Annual report on the mental hospital in the Central Provinces and Berar (Nagpur) - 1927-1951
Year: 1927
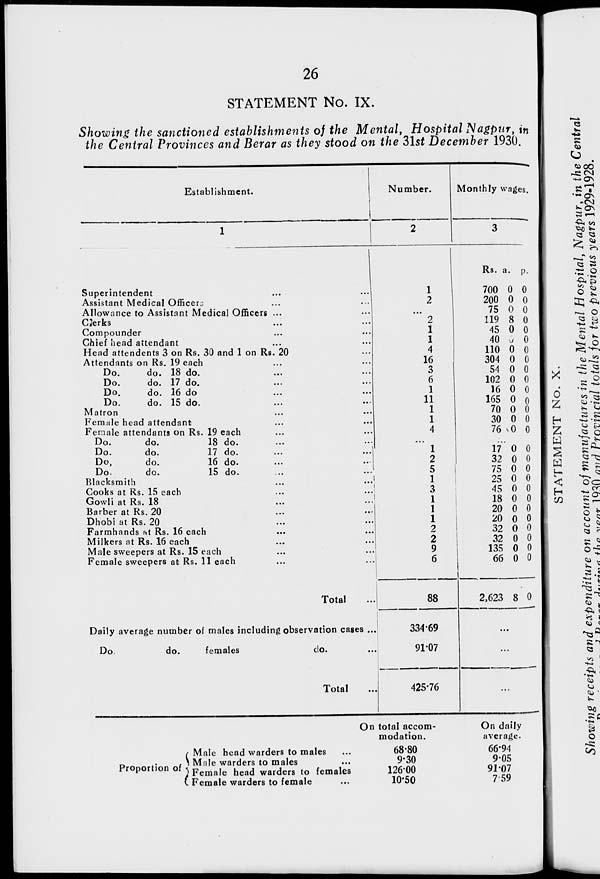
26
STATEMENT No. IX.
Showing the sanctioned establishments of the Mental, Hospital Nagpur, in
the Central Provinces and Berar as they stood on the 31st December 1930.
Establishment.
1
Superintendent ... ...
Assistant Medical Officers ... ...
Allowance to Assistant Medical Officers ... ...
Clerks ... ...
Compounder ... ...
Chief head attendant ... ...
Head attendents 3 on Rs. 30 and 1 on Rs. 20 ...
Attendants on Rs. 19 each ... ...
Do.
do. 18 do. ... ...
Do.
do. 17 do. ... ...
Do.
do. 16 do ... ...
Do.
do. 15 do. ... ...
Matron ... ...
Female head attendant ... ...
Female attendants on Rs. 19 each ... ...
Do.
do.
18 do. ... ...
Do.
do.
17 do. ... ...
Do.
do.
16 do. ... ...
Do.
do.
15 do. ... ...
Blacksmith ... ...
Cooks at Rs. 15 each
...
...
Gowli at Rs. 18 ... ...
Barber at Rs. 20 ... ...
Dhobi at Rs. 20 ... ...
Farmhands at Rs. 16 each ... ...
Milkers at Rs. 16 each ... ...
Male sweepers at Rs. 15 each ... ...
Female sweepers at Rs. 11 each ... ...
Total ...
Daily average number of males including observation cases ...
Do.
do.
females
do. ...
Total ...
Number.
2
1
2
...
2
1
1
4
16
3
6
1
11
1
1
4
...
1
2
5
1
3
1
1
1
2
2
9
6
88
334.69
91.07
425.76
Monthly wages.
3
Rs.
700
200
75
119
45
40
110
304
54
102
16
165
70
30
76
a.
0
0
0
8
0
0
0
0
0
0
0
0
0
0
0
p.
0
0
0
0
0
0
0
0
0
0
0
0
0
0
0
...
17
32
75
25
45
18
20
20
32
32
135
66
2,623
0
0
0
0
0
0
0
0
0
0
0
0
8
0
0
0
0
0
0
0
0
0
0
0
0
0
...
...
...
Proportion of
Male head warders to males ...
Male warders to males ...
Female head warders to females
Female warders to female ...
On total accom-
modation.
68.80
9.30
126.00
10.50
On daily
average.
66.94
9.05
91.07
7.59